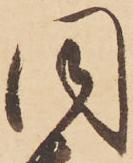
同